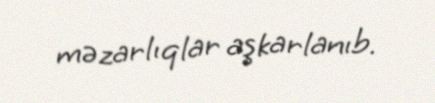
məzarlıqlar aşkarlanıb.